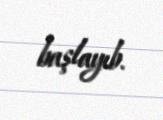
başlayıb.